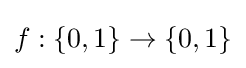
f:\{0,1\}\to \{0,1\}